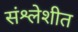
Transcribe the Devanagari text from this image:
संश्लेशीत